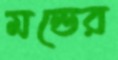
মন্ডের